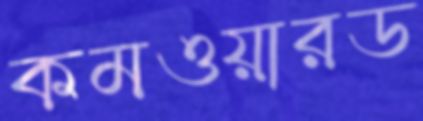
কমওয়ারড